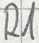
Text: R1